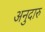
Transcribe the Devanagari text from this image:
अनुदारु